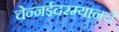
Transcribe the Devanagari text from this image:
चेन्नईदरम्यानचे